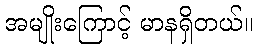
အမျိုးကြောင့် မာနရှိတယ်။